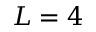
L = 4